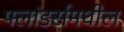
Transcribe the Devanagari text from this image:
फ्लांडर्समधील